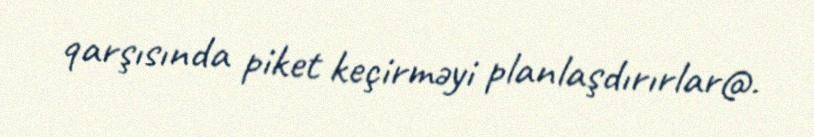
qarşısında piket keçirməyi planlaşdırırlar@.